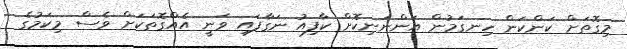
މިގޮތަށް ކަންކަން ހިނގަމުން އަންނަނިކޮށް ކާފިއު ނަގާފައި ވަނީ އެއްގޮތަކަށް ވެސް މިކަމުގެ